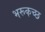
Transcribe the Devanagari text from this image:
भरूकच्छ